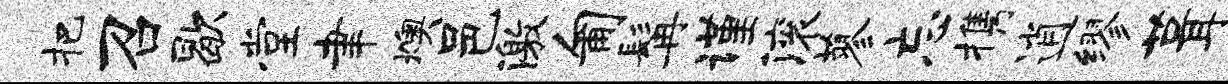
把召歇堂聿燠邑激匍髯谨滚蓼忘携逍缪葺